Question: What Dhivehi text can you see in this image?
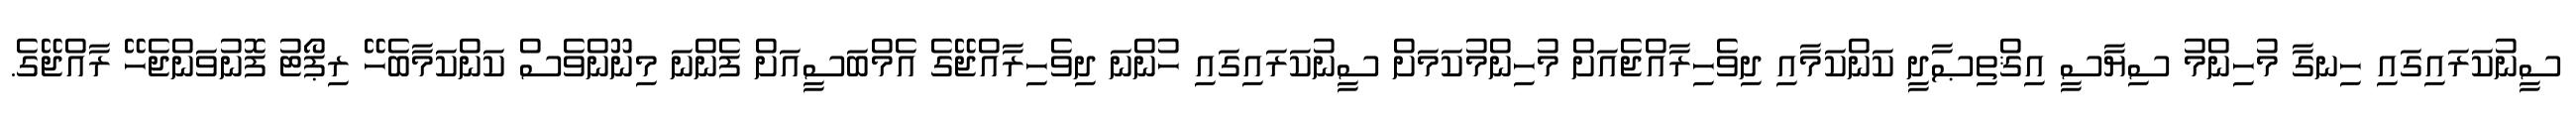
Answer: ސީނުކަރައިގައި ހިނގާ މުހިންމު ސިޔާސީ އިޤްތިޞާދީ ކަންކަމާއި ދިވެހިރާއްޖެއަށް މުހިންމުކަމަށް ސީނުކަރައިގައި ހުންނަ ދިވެހިރާއްޖޭގެ އެމްބަސީއަށް ފެންނަ މިނޫންވެސް ކަންކަމާބެހޭ ރިޕޯޓު ފޮނުވަންޖެހޭ ރާއްޖޭގެ.